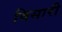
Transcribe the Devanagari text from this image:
विसारी